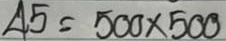
45 = 500 x 500